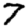
Digit: 7